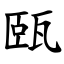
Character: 㼢